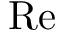
\mathrm { R e }